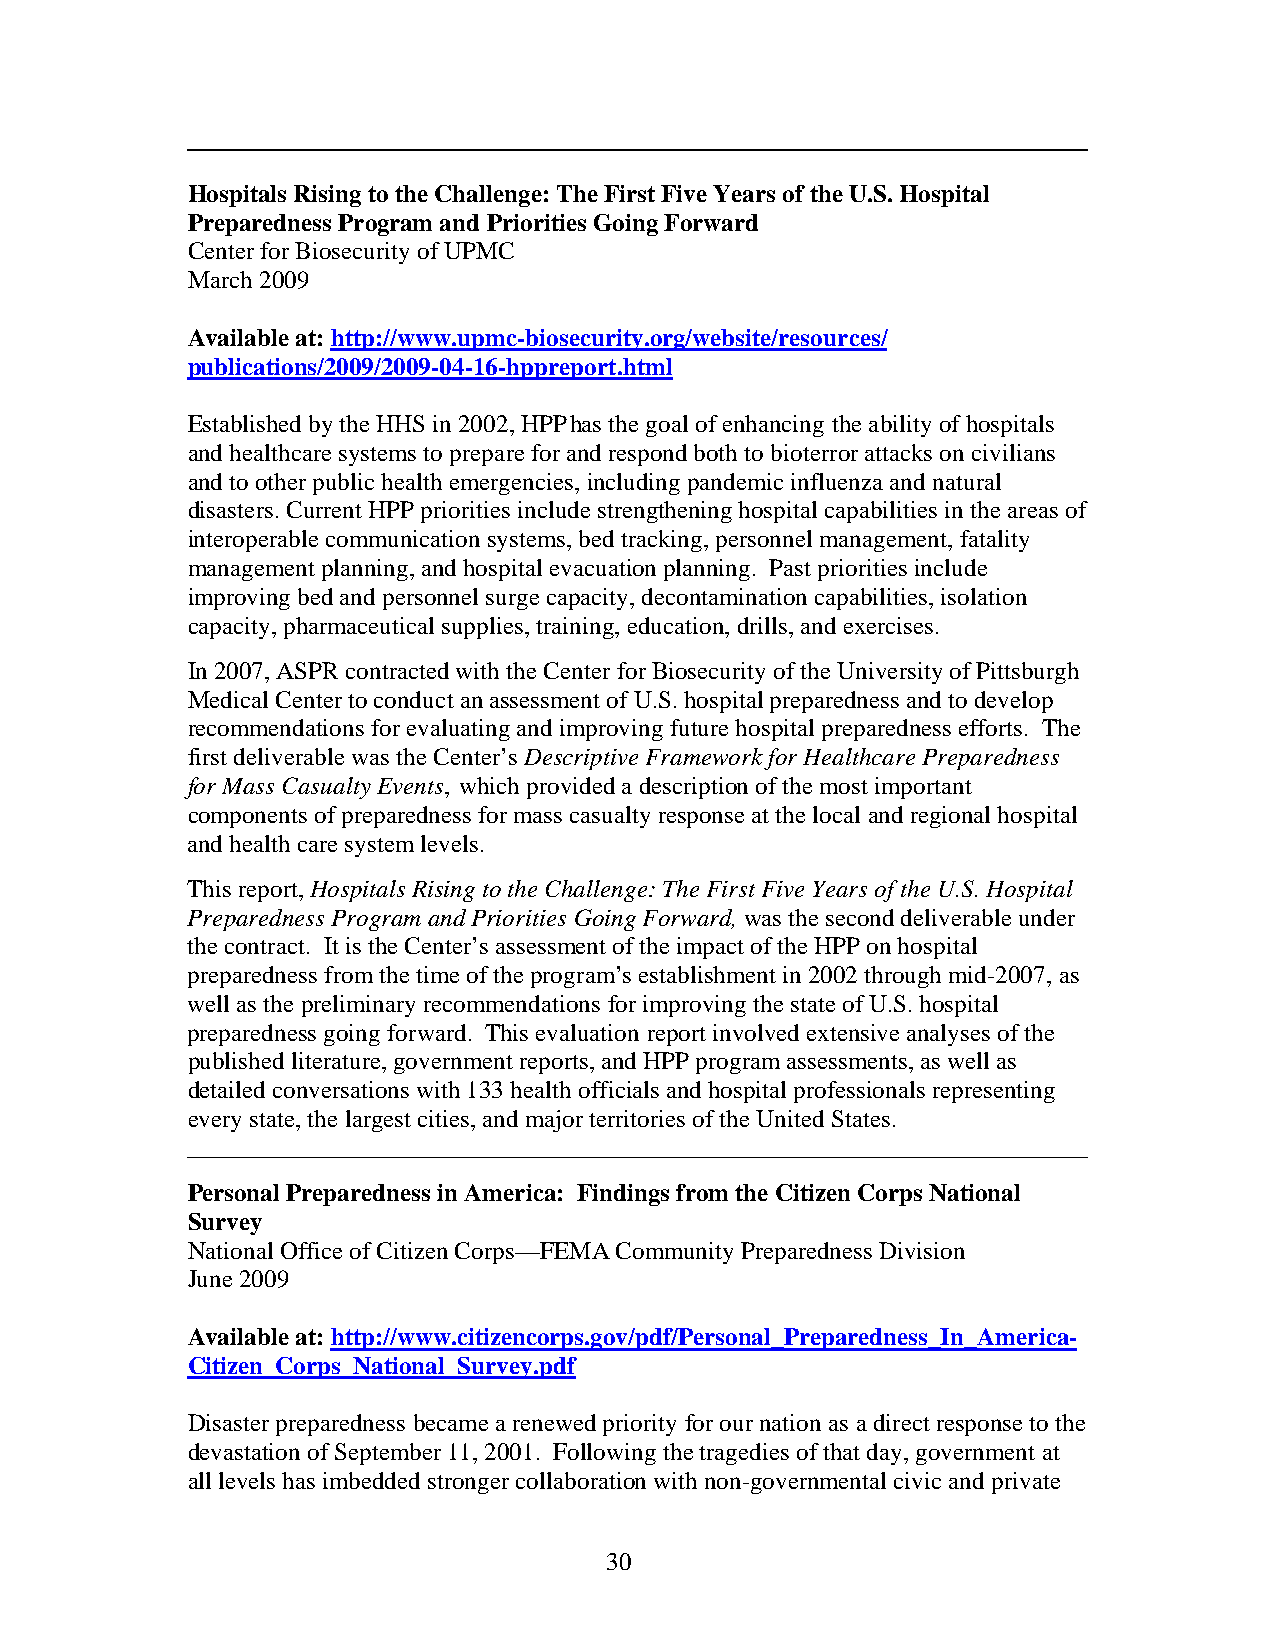
Hospitals Rising to the Challenge: The First Five Years of the U.S. Hospital
 Preparedness Program and Priorities Going Forward
 Center for Biosecurity of UPMC
 March 2009
 Available at: http://www.upmc-biosecurity.org/website/resources/
 publications/2009/2009-04-16-hppreport.html
 Established by the HHS in 2002, HPPhas the goal of enhancing the ability of hospitals
 and healthcare systems to prepare for and respond both to bioterror attacks on civilians
 and to other public health emergencies, including pandemic influenza and natural
 disasters. Current HPP priorities include strengthening hospital capabilities in the areas of
 interoperable communication systems, bed tracking, personnel management, fatality
 management planning, and hospital evacuation planning. Past priorities include
 improving bed and personnel surge capacity, decontamination capabilities, isolation
 capacity, pharmaceutical supplies, training, education, drills, and exercises.
 In 2007, ASPR contracted with the Center for Biosecurity of the University of Pittsburgh
 Medical Center to conduct an assessment of U.S. hospital preparedness and to develop
 recommendations for evaluating and improving future hospital preparedness efforts. The
 first deliverable was the Center’s Descriptive Framework for Healthcare Preparedness
 for Mass Casualty Events, which provided a description of the most important
 components of preparedness for mass casualty response at the local and regional hospital
 and health care system levels.
 This report, Hospitals Rising to the Challenge: The First Five Years of the U.S. Hospital
 Preparedness Program and Priorities Going Forward, was the second deliverable under
 the contract. It is the Center’s assessment of the impact of the HPP on hospital
 preparedness from the time of the program’s establishment in 2002 through mid-2007, as
 well as the preliminary recommendations for improving the state of U.S. hospital
 preparedness going forward. This evaluation report involved extensive analyses of the
 published literature, government reports, and HPP program assessments, as well as
 detailed conversations with 133 health officials and hospital professionals representing
 every state, the largest cities, and major territories of the United States.
 Personal Preparedness in America: Findings from the Citizen Corps National
 Survey
 National Office of Citizen Corps—FEMA Community Preparedness Division
 June 2009
 Available at: http://www.citizencorps.gov/pdf/Personal_Preparedness_In_America-
 Citizen_Corps_National_Survey.pdf
 Disaster preparedness became a renewed priority for our nation as a direct response to the
 devastation of September 11, 2001. Following the tragedies of that day, government at
 all levels has imbedded stronger collaboration with non-governmental civic and private
 30